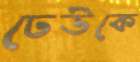
ঢেউকে